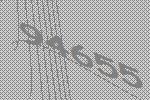
94655